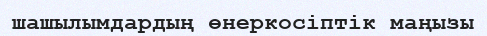
шашылымдардың өнеркосіптік маңызы